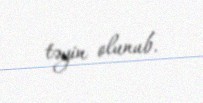
təyin olunub.